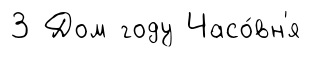
3 Дом году Часо́вн'я